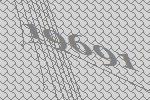
19691